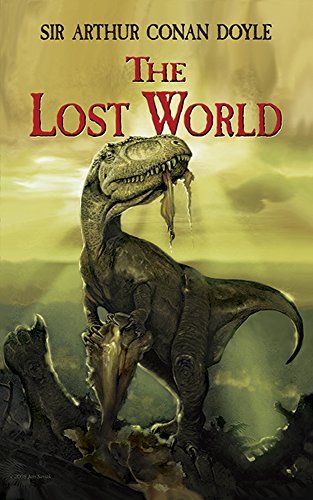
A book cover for The Lost World (Dover Thrift Editions); Sir Arthur Conan Doyle; Literature & Fiction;